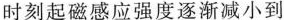
时刻起磁感应强度逐渐减小到